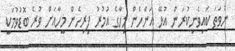
ނުވަތަ ކައިވެނިކުރަން އުޅޭ އަންހެން މީހާގެ އުމުރު ފިރިހެން މީހާއަށް ވުރެ ބޮޑުވުމަކީ